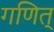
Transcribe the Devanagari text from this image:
गणित्